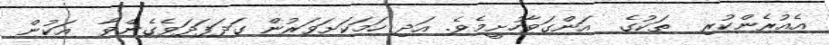
އެއުރެންކުރި  ތަކުގެ  އަންގަވާހުށީމެވެ. އަދި ހަމަކަށަވަރުން ގަދަފަދަވެގެންވާ  އަކުން